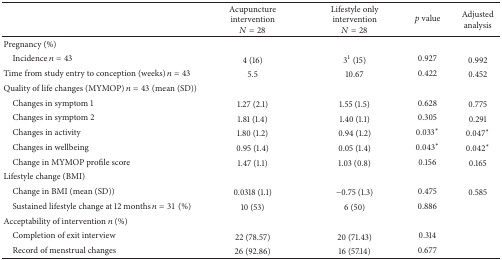
|  | Acupuncture interventionN = 28 | Lifestyle only interventionN = 28 | p value | Adjusted analysis |
 | --- | --- | --- | --- | --- |
 | Pregnancy (%) |  |  |  |  |
 | Incidence n = 43 | 4 (16) | 31 (15) | 0.927 | 0.992 |
 | Time from study entry to conception (weeks) n = 43 | 5.5 | 10.67 | 0.422 | 0.452 |
 | Quality of life changes (MYMOP) n = 43 (mean (SD)) |  |  |  |  |
 | Changes in symptom 1 | 1.27 (2.1) | 1.55 (1.5) | 0.628 | 0.775 |
 | Changes in symptom 2 | 1.81 (1.4) | 1.40 (1.1) | 0.305 | 0.291 |
 | Changes in activity | 1.80 (1.2) | 0.94 (1.2) | 0.033∗ | 0.047∗ |
 | Changes in wellbeing | 0.95 (1.4) | 0.05 (1.4) | 0.043∗ | 0.042∗ |
 | Change in MYMOP profile score | 1.47 (1.1) | 1.03 (0.8) | 0.156 | 0.165 |
 | Lifestyle change (BMI) |  |  |  |  |
 | Change in BMI (mean (SD)) | 0.0318 (1.1) | −0.75 (1.3) | 0.475 | 0.585 |
 | Sustained lifestyle change at 12 months n = 31 (%) | 10 (53) | 6 (50) | 0.886 |  |
 | Acceptability of intervention n (%) |  |  |  |  |
 | Completion of exit interview | 22 (78.57) | 20 (71.43) | 0.314 |  |
 | Record of menstrual changes | 26 (92.86) | 16 (57.14) | 0.677 |  |